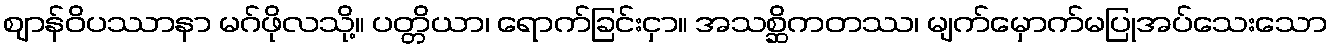
ဈာန်ဝိပဿာနာ မဂ်ဖိုလသို့။ ပတ္တိယာ၊ ရောက်ခြင်းငှာ။ အသစ္ဆိကတဿ၊ မျက်မှောက်မပြုအပ်သေးသော